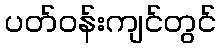
ပတ်ဝန်းကျင်တွင်